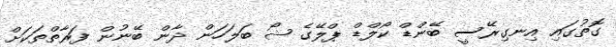
ގޮތުގައި އިނގިރޭސީ ބޭންޑް ކޯލްޑް ޕްލޭގެ ޝޯ ބަލަހަން ދާން ބޭނުން ފަރާތްތަކަށް